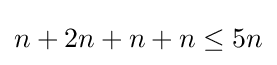
n+2n+n+n\leq 5n